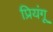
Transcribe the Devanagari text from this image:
प्रियंगू